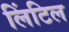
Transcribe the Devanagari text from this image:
लिंटिल